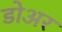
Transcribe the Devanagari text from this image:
डोअर